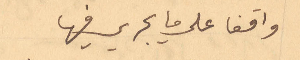
واقفا على ما يجري فيها